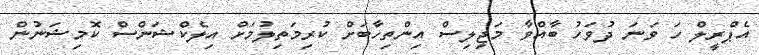
އެޕްރީލް ހަ ވަނަ ދުވަހު ބާއްވާ މަޖިލިސް އިންތިހާބަށް ކުރިމަތިލުމަށް އިލެކްޝަންސް ކޮމިޝަނުން